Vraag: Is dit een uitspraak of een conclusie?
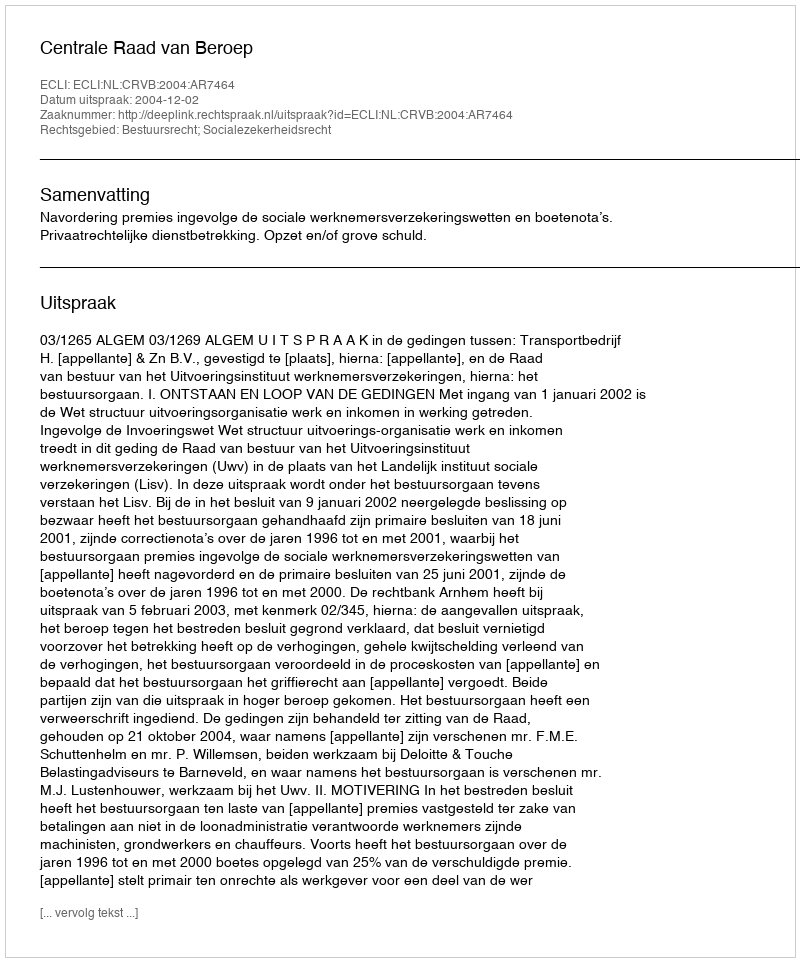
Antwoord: Uitspraak